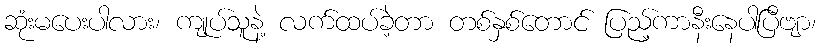
ဆုံးမပေးပါလား၊ ကျုပ်သူနဲ့ လက်ထပ်ခဲ့တာ တစ်နှစ်တောင် ပြည့်ကာနီးနေပါပြီဗျာ၊